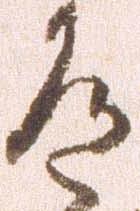
道